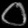
Digit: ၀